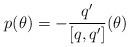
LaTeX: \begin{align*}p(\theta)=-\frac{q'}{ [q,q'] } (\theta)\end{align*}